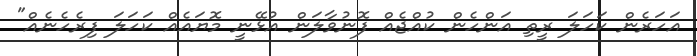
އަހަރެން ކަހަލަ ރީތި އަންހެން ކުއްޖެއް ފޮނުވާލަން އުޅޭނީ މޮޔައެއް ކަހަލަ ފިރެހެނެއް"